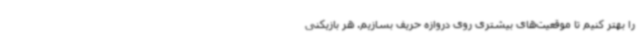
را بهتر کنیم تا موقعیت‌های بیشتری روی دروازه حریف بسازیم. هر بازیکنی